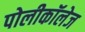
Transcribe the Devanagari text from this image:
पोलीकॉलेज